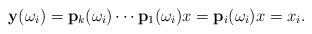
LaTeX: \begin{align*}\mathbf{y}(\omega_i)=\mathbf{p}_k(\omega_i)\cdots \mathbf{p}_1(\omega_i)x=\mathbf{p}_i(\omega_i)x=x_i.\end{align*}